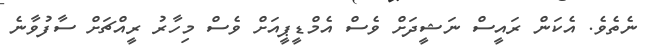
ނެތެވެ. އެކަން ރައީސް ނަޝީދަށް ވެސް އެމްޑީޕީއަށް ވެސް މިހާރު ރީއްޗަށް ސާފުވާނެ